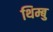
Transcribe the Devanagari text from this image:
थिम्बु